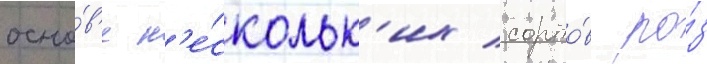
осно́в'е н'е́скольк'их сорто́в ро́з